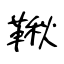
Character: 鞦